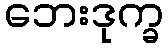
ဘေးဒုက္ခ